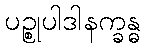
ပဉ္စုပါဒါနက္ခန္ဓ